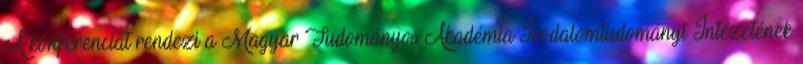
A konferenciát rendezi a Magyar Tudományos Akadémia Irodalomtudományi Intézetének